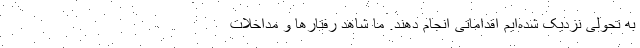
به تحولی نزدیک شده‌ایم اقداماتی انجام دهند. ما شاهد رفتارها و مداخلات